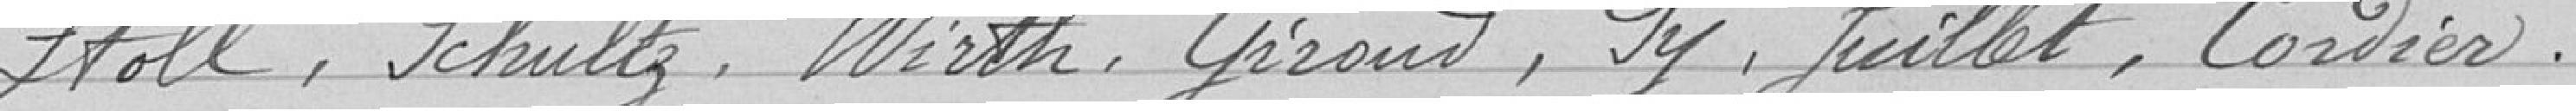
Décide que le montant du traitement de ce chef de service sera fixé à 3000